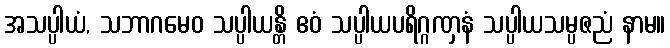
အသပ္ပါယံ, သဘာဂမေဝ သပ္ပါယန္တိ ဧဝံ သပ္ပါယပရိဂ္ဂဏှနံ သပ္ပါယသမ္ပဇညံ နာမ။